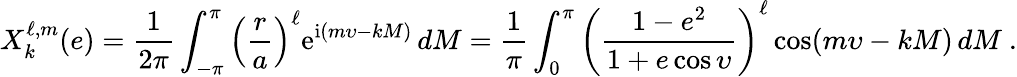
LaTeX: X_{k}^{\ell,m}(e)=\frac{1}{2\pi}\int_{-\pi}^{\pi}\left(\frac{r}{a}\right)^{\ell}\mathrm{e}^{\mathrm{i}(m\upsilon-kM)}\, dM=\frac{1}{\pi}\int_{0}^{\pi}\left(\frac{1-e^{2}}{1+e\cos\upsilon}\right)^{\ell}\cos(m\upsilon-kM)\, dM\ .